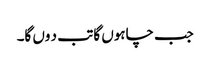
جب چاہوں گا تب د وں گا۔